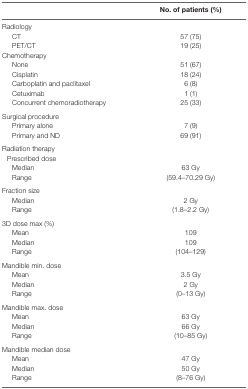
<table><thead><tr><td></td><td><b>No. of patients (%)</b></td></tr></thead><tbody><tr><td>Radiology</td><td></td></tr><tr><td> CT</td><td>57 (75)</td></tr><tr><td> PET/CT</td><td>19 (25)</td></tr><tr><td>Chemotherapy</td><td></td></tr><tr><td> None</td><td>51 (67)</td></tr><tr><td> Cisplatin</td><td>18 (24)</td></tr><tr><td> Carboplatin and paclitaxel</td><td>6 (8)</td></tr><tr><td> Cetuximab</td><td>1 (1)</td></tr><tr><td> Concurrent chemoradiotherapy</td><td>25 (33)</td></tr><tr><td>Surgical procedure</td><td></td></tr><tr><td> Primary alone</td><td>7 (9)</td></tr><tr><td> Primary and ND</td><td>69 (91)</td></tr><tr><td>Radiation therapy</td><td></td></tr><tr><td>Prescribed dose</td><td></td></tr><tr><td> Median</td><td>63 Gy</td></tr><tr><td> Range</td><td>(59.4–70.29 Gy)</td></tr><tr><td>Fraction size</td><td></td></tr><tr><td> Median</td><td>2 Gy</td></tr><tr><td> Range</td><td>(1.8–2.2 Gy)</td></tr><tr><td>3D dose max (%)</td><td></td></tr><tr><td> Mean</td><td>109</td></tr><tr><td> Median</td><td>109</td></tr><tr><td> Range</td><td>(104–129)</td></tr><tr><td>Mandible min. dose</td><td></td></tr><tr><td> Mean</td><td>3.5 Gy</td></tr><tr><td> Median</td><td>2 Gy</td></tr><tr><td> Range</td><td>(0–13 Gy)</td></tr><tr><td>Mandible max. dose</td><td></td></tr><tr><td> Mean</td><td>63 Gy</td></tr><tr><td> Median</td><td>66 Gy</td></tr><tr><td> Range</td><td>(10–85 Gy)</td></tr><tr><td>Mandible median dose</td><td></td></tr><tr><td> Mean</td><td>47 Gy</td></tr><tr><td> Median</td><td>50 Gy</td></tr><tr><td> Range</td><td>(8–76 Gy)</td></tr></tbody></table>